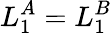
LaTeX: L_{1}^{A}=L_{1}^{B}